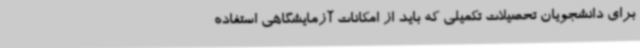
برای دانشجویان تحصیلات تکمیلی که باید از امکانات آزمایشگاهی استفاده